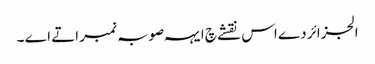
الجزائر دے اس نقشے چ ایہہ صوبہ نمبر اتے اے ۔